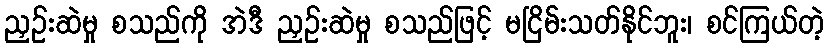
ညှဉ်းဆဲမှု စသည်ကို အဲဒီ ညှဉ်းဆဲမှု စသည်ဖြင့် မငြိမ်းသတ်နိုင်ဘူး၊ စင်ကြယ်တဲ့